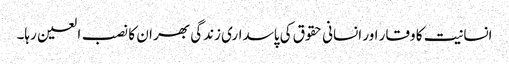
انسانیت کا وقار اور انسانی حقوق کی پاسداری زندگی بھر ان کا نصب العین رہا۔